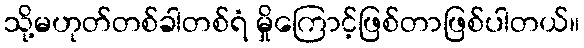
သို့မဟုတ်တစ်ခါတစ်ရံ မှိုကြောင့်ဖြစ်တာဖြစ်ပါတယ်။